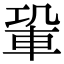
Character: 𨋑